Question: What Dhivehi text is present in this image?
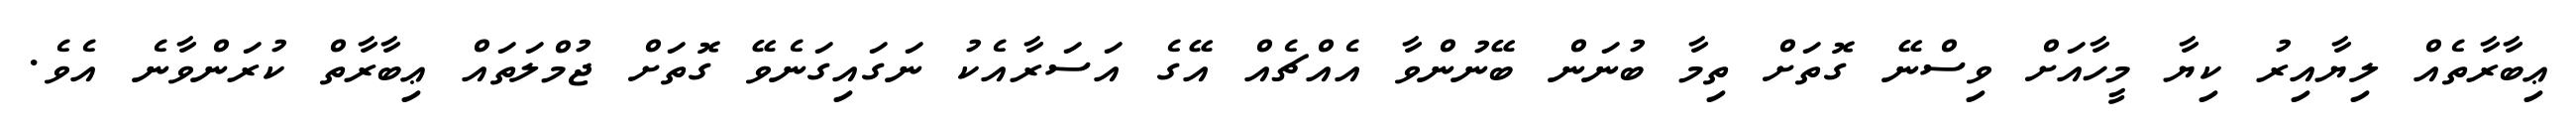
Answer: ޢިބާރާތެއް ލިޔާއިރު ކިޔާ މީހާއަށް ވިސްނޭ ގޮތަށް ތިމާ ބުނަން ބޭނުންވާ އެއްޗެއް އޭގެ އަސަރާއެކު ނަގައިގަނެވޭ ގޮތަށް ޖުމްލަތައް ޢިބާރާތް ކުރަންވާނެ އެވެ.